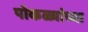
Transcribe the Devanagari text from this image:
पोकळ्यांच्या